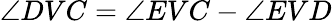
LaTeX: \angle DVC=\angle EVC-\angle EVD